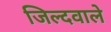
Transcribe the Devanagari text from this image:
जिल्दवाले